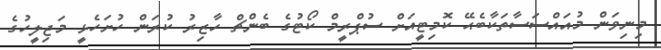
މިނިވަން މުއައްސަސާތަކާބެޙޭ ކޮމިޓީއަށް ސުޕްރީމް ކޯޓުގެ ބެންޗް ހާޒިރު ކުރަން ހުށަހެޅީ މަޖިލީހުގެ